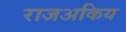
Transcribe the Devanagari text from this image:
राजअकिय